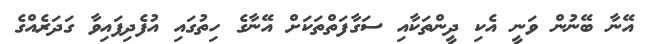
އޭނާ ބޭނުން ވަނީ އެކި ދީންތަކާއި ސަގާފަތްތަކަށް އޭނާގެ ހިތުގައި އުފެދިފައިވާ ގަދަރެއްގެ